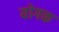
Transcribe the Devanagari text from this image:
योगक